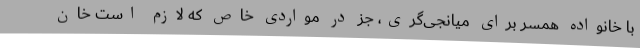
با خانواده همسر برای میانجی‌گری، جز در مواردی خاص که لازم است خان